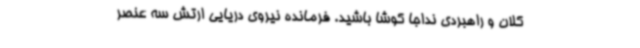
کلان و راهبردی نداجا کوشا باشید. فرمانده نیروی دریایی ارتش سه عنصر